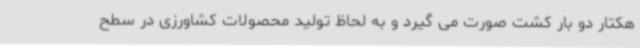
هکتار دو بار کشت صورت می گیرد و به لحاظ تولید محصولات کشاورزی در سطح